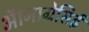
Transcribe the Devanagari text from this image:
ऑनाग्रेसिई